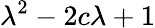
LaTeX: \lambda^{2}-2c\lambda+1